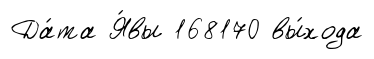
Да́та Я́вы 168170 вы́хода